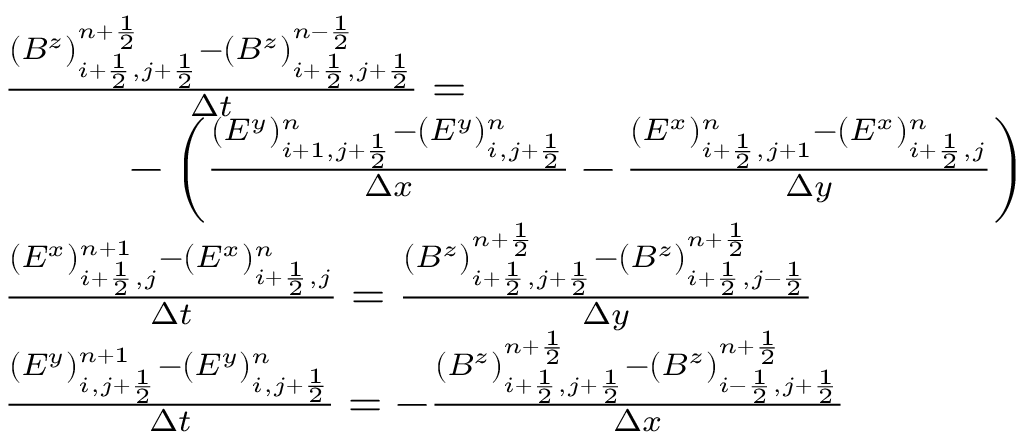
\begin{array} { r l } & { \frac { ( B ^ { z } ) _ { i + \frac 1 2 , j + \frac 1 2 } ^ { n + \frac 1 2 } - ( B ^ { z } ) _ { i + \frac 1 2 , j + \frac 1 2 } ^ { n - \frac 1 2 } } { \Delta t } = } \\ & { \phantom { m m m } - \left( \frac { ( E ^ { y } ) _ { i + 1 , j + \frac 1 2 } ^ { n } - ( E ^ { y } ) _ { i , j + \frac 1 2 } ^ { n } } { \Delta x } - \frac { ( E ^ { x } ) _ { i + \frac 1 2 , j + 1 } ^ { n } - ( E ^ { x } ) _ { i + \frac 1 2 , j } ^ { n } } { \Delta y } \right) } \\ & { \frac { ( E ^ { x } ) _ { i + \frac 1 2 , j } ^ { n + 1 } - ( E ^ { x } ) _ { i + \frac 1 2 , j } ^ { n } } { \Delta t } = \frac { ( B ^ { z } ) _ { i + \frac 1 2 , j + \frac 1 2 } ^ { n + \frac 1 2 } - ( B ^ { z } ) _ { i + \frac 1 2 , j - \frac 1 2 } ^ { n + \frac 1 2 } } { \Delta y } } \\ & { \frac { ( E ^ { y } ) _ { i , j + \frac 1 2 } ^ { n + 1 } - ( E ^ { y } ) _ { i , j + \frac 1 2 } ^ { n } } { \Delta t } = - \frac { ( B ^ { z } ) _ { i + \frac 1 2 , j + \frac 1 2 } ^ { n + \frac 1 2 } - ( B ^ { z } ) _ { i - \frac 1 2 , j + \frac 1 2 } ^ { n + \frac 1 2 } } { \Delta x } } \end{array}